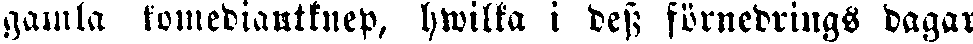
gamla komediantknep, hwilka i dess förnedrings dagar